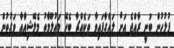
ފުލުހުން ބުނީ ރާއްޖެ އަށް ލައްގާފައިވާ ތަކެއްޗާ ބެހޭ މައުލޫމާތު މެލޭޝިއާއާ ވަގުތުން